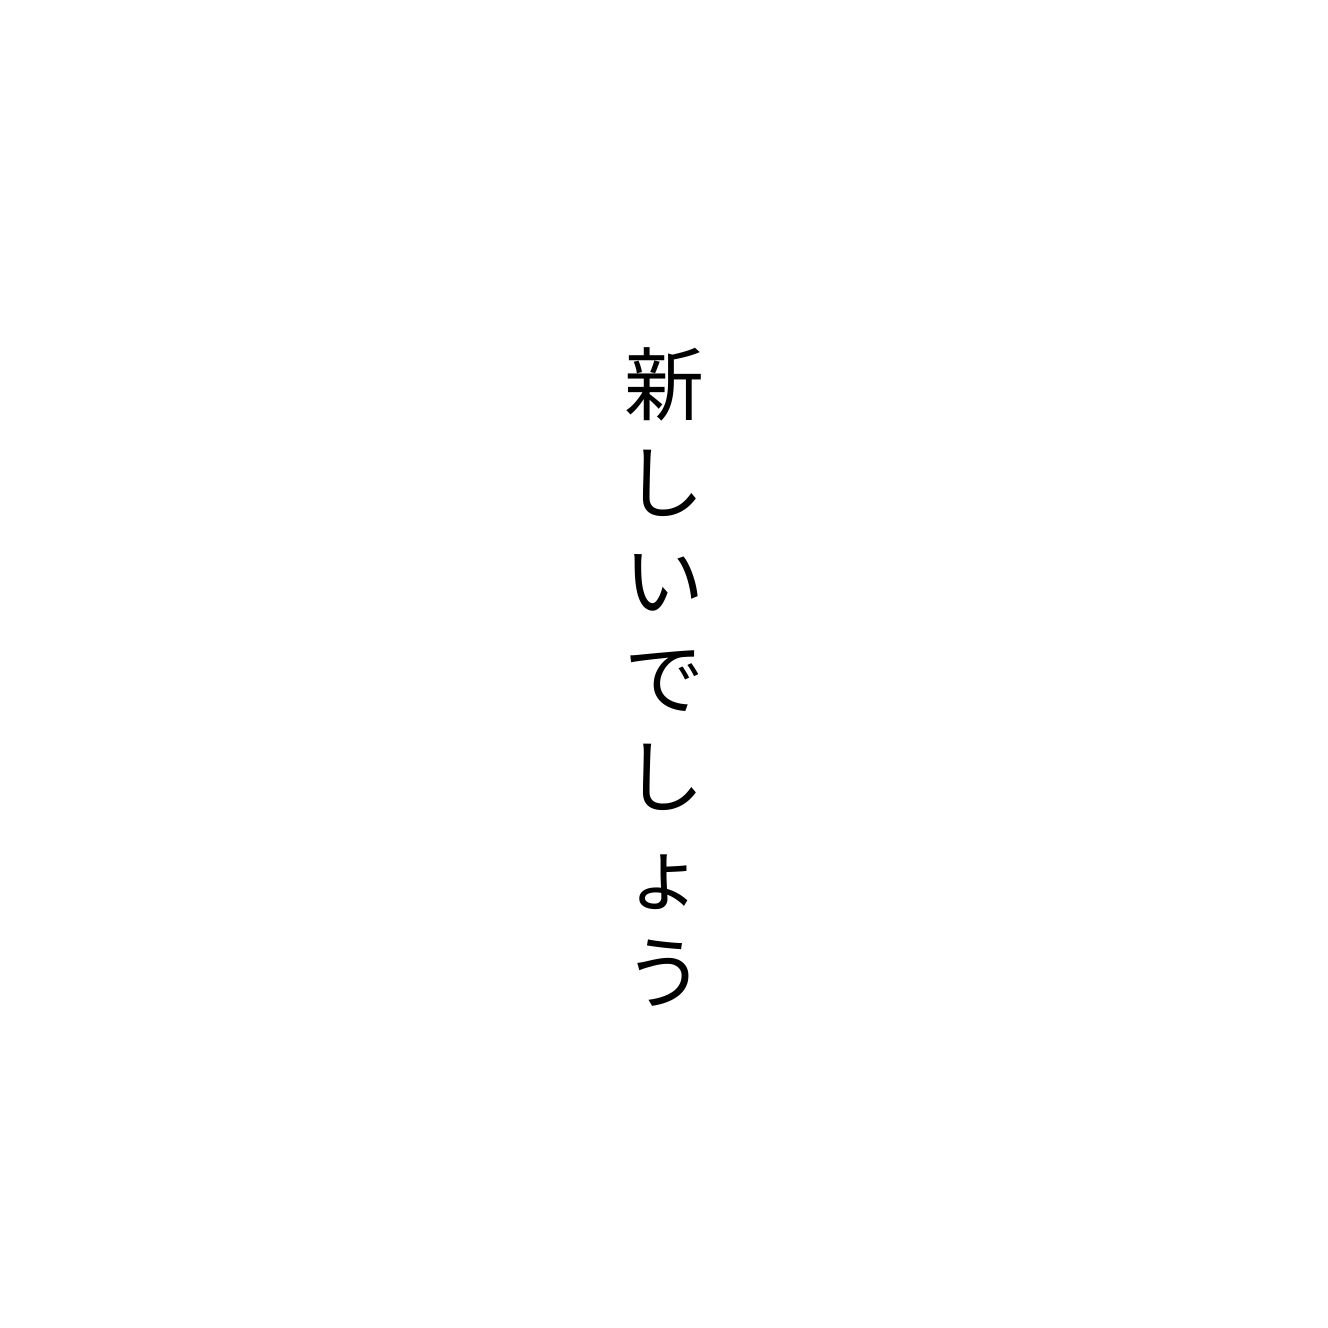
新しいでしょう